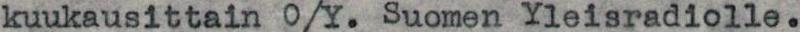
kuukausittain O/Y. Suomen Yleisradiolle.